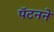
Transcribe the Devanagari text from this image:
पॅटनने